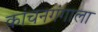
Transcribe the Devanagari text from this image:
कांचनगंगाला